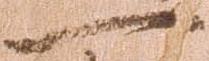
一